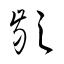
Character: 齡